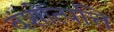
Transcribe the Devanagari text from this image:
वंशोत्पत्ति